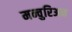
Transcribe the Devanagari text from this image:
मन्चुरिअन